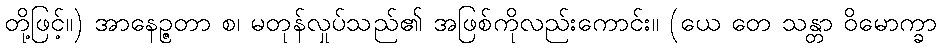
တို့ဖြင့်။) အာနေဉ္ဇတာ စ၊ မတုန်လှုပ်သည်၏ အဖြစ်ကိုလည်းကောင်း။ (ယေ တေ သန္တာ ဝိမောက္ခာ